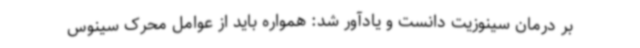
بر درمان سینوزیت دانست و یادآور شد: همواره باید از عوامل محرک سینوس